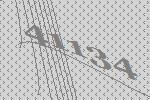
41134